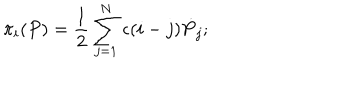
\pi _ { i } ( P ) = { \frac { 1 } { 2 } } \sum _ { j = 1 } ^ { N } \epsilon ( i - j ) { \dot { P } } _ { j } ;